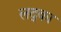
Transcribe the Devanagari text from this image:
लद्का